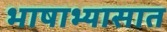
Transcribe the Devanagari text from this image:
भाषाभ्यासात